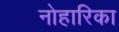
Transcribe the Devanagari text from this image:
नोहारिका